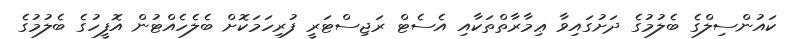
ކައުންސިލްގެ ބެލުމުގެ ދަށުގައިވާ ޢިމާރާތްތަކާއި އެސެޓް ރަޖިސްޓަރީ ފުރިހަމަކޮށް ބެލެހެއްޓުން އޮފީހުގެ ބެލުމުގެ